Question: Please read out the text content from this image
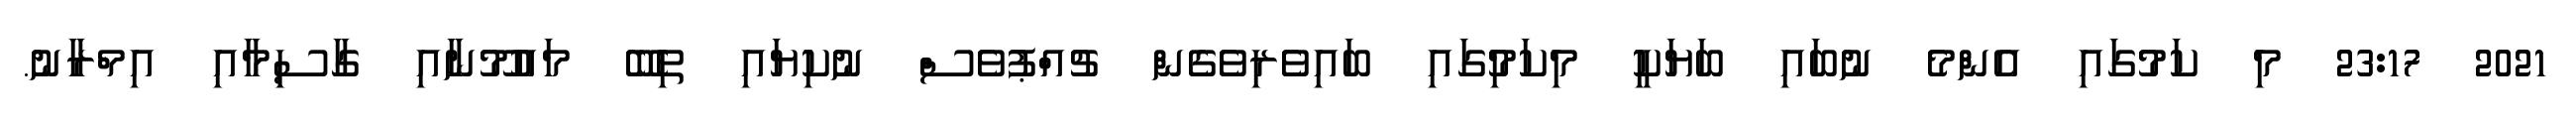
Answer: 2021 23:17 މި ކަމުގައި އެންމެ ނުބައި ބަޔަކީ މިކަމުިގައި ބައިވެރިވެގެން ޗުއްޕުވެސް ނުކިޔައި ތިބޭ މައުމޫނާއި ގާސިމާއި އިމްރާނު.